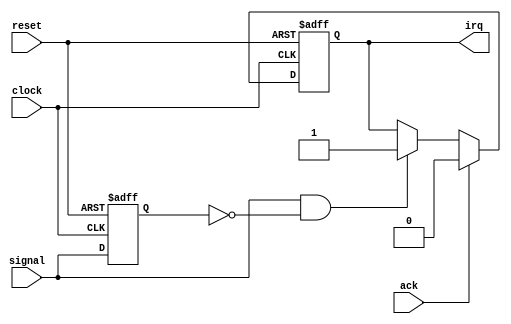
module spi_irq (clock, reset, signal, irq, ack);
    input signal, ack, clock, reset;
    output irq;
    wire   clock, reset, signal, ack;
    reg    irq, prevsignal;
    always @(posedge clock or negedge reset)
      if (~reset)
        begin
           prevsignal <= 0;
           irq <= 0;
        end
      else
        begin
           if (signal && ~prevsignal) irq <= 1;
           prevsignal <= signal;
           if (ack) irq <= 0;
        end
endmodule